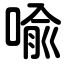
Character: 喩